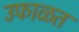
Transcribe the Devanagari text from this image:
उफाळत